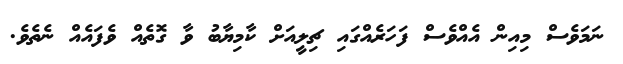
ނަމަވެސް މިއިން އެއްވެސް ފަހަރެއްގައި ޗިލީއަށް ކާމިޔާބު ވާ ގޮތެއް ވެފައެއް ނެތެވެ.